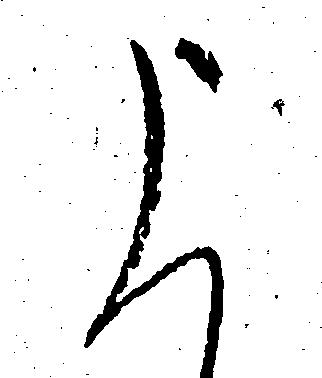
申